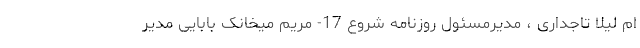
ام لیلا تاجداری ، مدیرمسئول روزنامه شروع 17- مریم میخانک بابایی مدیر